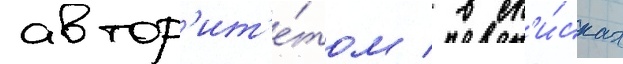
автор'ит'е́том / в сп'и́сках